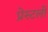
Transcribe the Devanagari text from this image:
प्रेस्टली